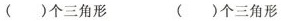
( )个三角形 ( )个三角形